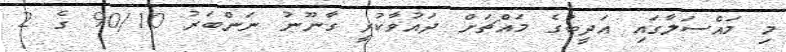
މި މައްސަލާގައި އަދީބުގެ މައްޗަށް ދައުވާކުރީ ގާނޫނު ނަންބަރު 90/10 ގެ 2